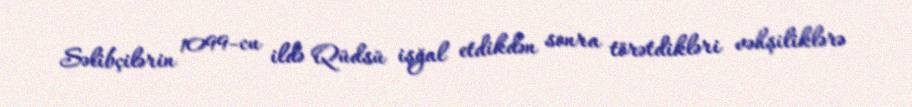
Səlibçilərin 1099-cu ildə Qüdsü işğal etdikdən sonra törətdikləri vəhşiliklərə